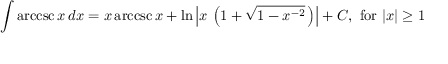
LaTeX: \int \operatorname { a r c c s c } { x } \, d x = x \operatorname { a r c c s c } { x } + \ln \left\vert x \, \left( 1 + { \sqrt { 1 - x ^ { - 2 } } } \, \right) \right\vert + C , { \mathrm { ~ f o r ~ } } \vert x \vert \geq 1